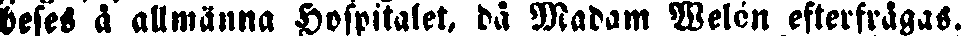
beses å allmänna Hospitalet, då Madam Welén efterfrågas.